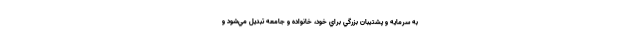
به سرمايه و پشتيبان بزرگي براي خود، خانواده و جامعه تبديل مي‌شود و